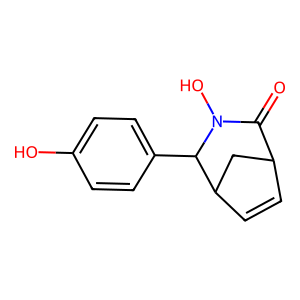
SMILES: O=C1C2C=CC(C2)C(c2ccc(O)cc2)N1O
Inhibits HIV replication: No